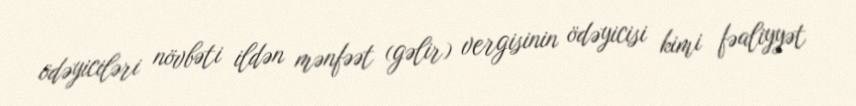
ödəyiciləri növbəti ildən mənfəət (gəlir) vergisinin ödəyicisi kimi fəaliyyət